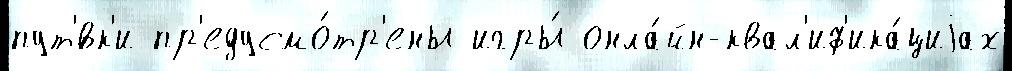
пут'́вк'и пр'едусмо́тр'ены игры́ онла́йн-квал'иф'ика́циjах